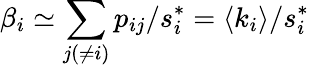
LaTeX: \beta_{i}\simeq\sum_{j(\neq i)}p_{ij}/s_{i}^{*}=\langle k_{i}\rangle/s_{i}^{*}